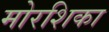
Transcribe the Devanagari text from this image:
मोरशिका